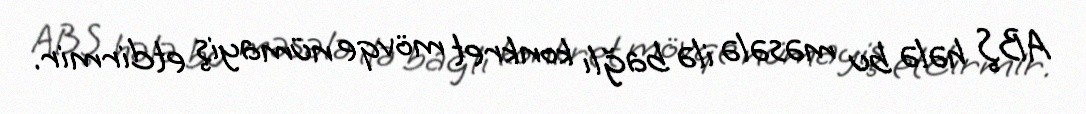
ABŞ hələ bu məsələ ilə bağlı konkret mövqe nümayiş etdirmir.